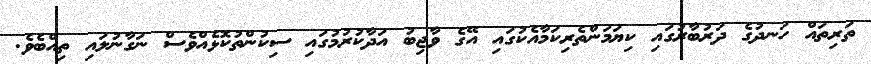
ތަރިތައް ހަނދުގެ ދަރުބާރުގައި ކިޔަމަންތެރިކަމާއެކުގައި އޭގެ ވާޖިބު އަދާކުރުމުގައި ސިކުންތުކޮޅެއްވެސް ނަގާނުލައި ތިއްބެވެ.